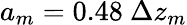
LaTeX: a_{m}=0.48~\Delta z_{m}